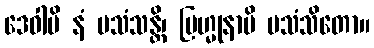
ဒေဝါပိ နံ ပသံသန္တိ၊ ဗြဟ္မုနာပိ ပသံသိတော။